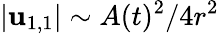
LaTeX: \vert\mathbf{u}_{1,1}\vert\sim A(t)^{2}/4r^{2}